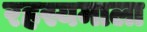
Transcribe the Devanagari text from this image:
रहस्यमाला